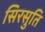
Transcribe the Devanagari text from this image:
सिरसुति